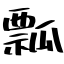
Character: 瓢